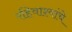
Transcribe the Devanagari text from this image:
रहिवाश्यांचे